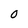
Character: 0